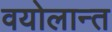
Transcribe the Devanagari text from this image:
वयोलान्त